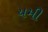
યમી